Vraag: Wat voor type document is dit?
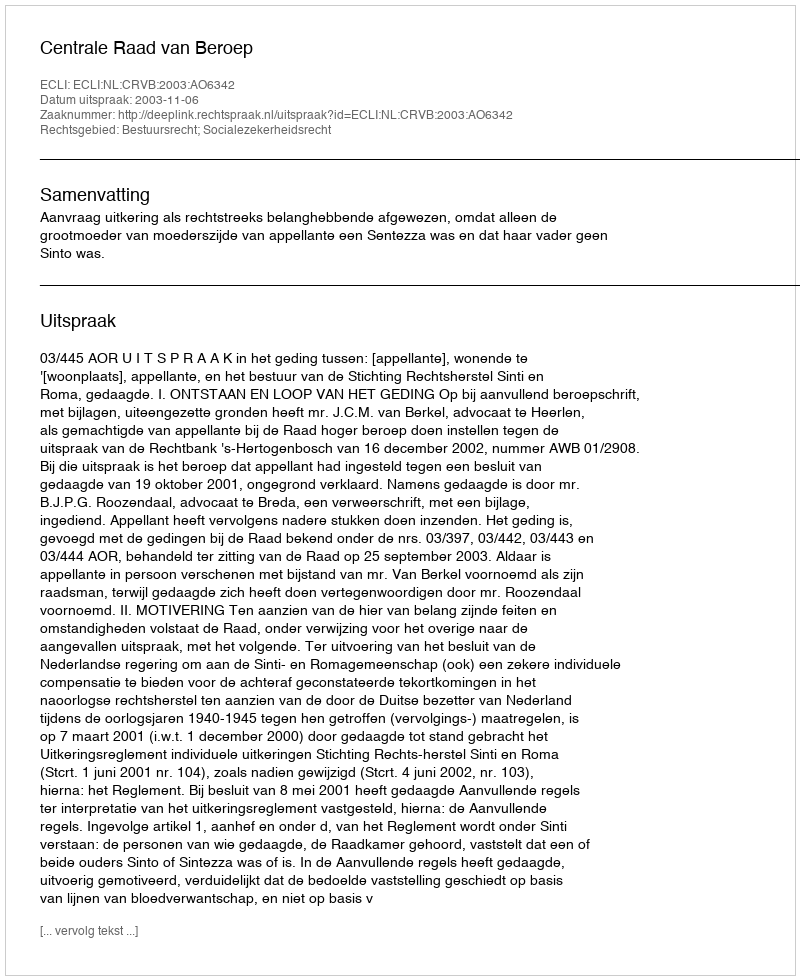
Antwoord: Uitspraak